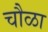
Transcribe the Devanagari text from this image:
चौळा